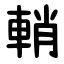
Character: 輎